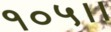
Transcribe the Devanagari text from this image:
१०५।।